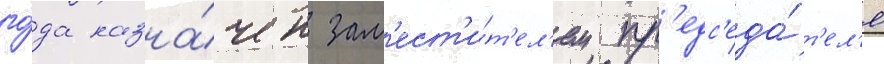
го́да назна́чен зам'ест'и́т'ел'ем пр'едс'еда́т'ел'я